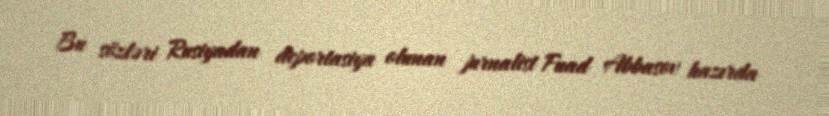
Bu sözləri Rusiyadan deportasiya olunan jurnalist Fuad Abbasov hazırda